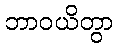
ဘာဝယိတွာ